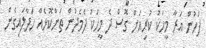
ފަހުން އަރާ މީހަކު ކުރިއަށް ގޮސް ދެ މީހަކު ދެމެދުން ތަންކޮޅެއް ހަދާލައިގެން